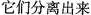
它们分离出来